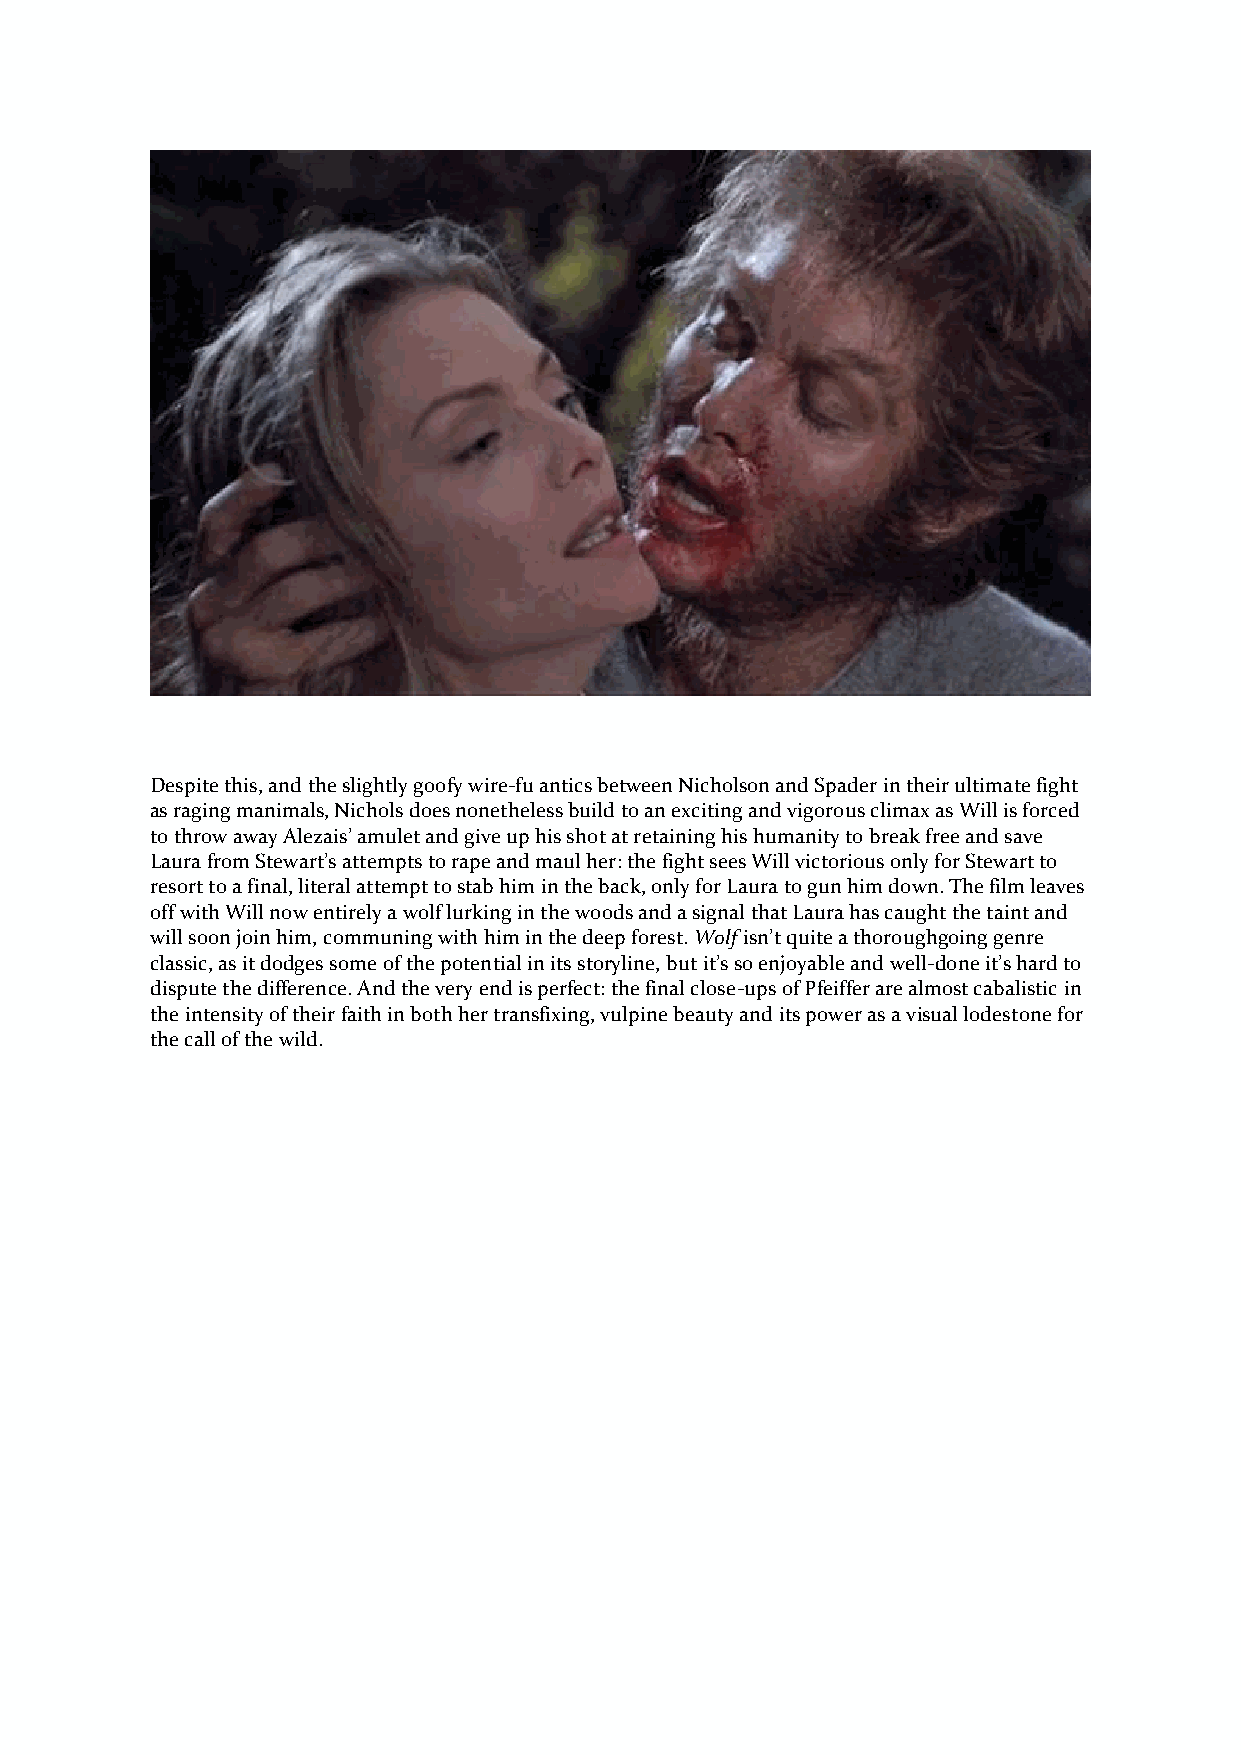
Despite this, and the slightly goofy wire-fu antics between Nicholson and Spader in their ultimate fight
 as raging manimals, Nichols does nonetheless build to an exciting and vigorous climax as Will is forced
 to throw away Alezais’ amulet and give up his shot at retaining his humanity to break free and save
 Laura from Stewart’s attempts to rape and maul her: the fight sees Will victorious only for Stewart to
 resort to a final, literal attempt to stab him in the back, only for Laura to gun him down. The film leaves
 off with Will now entirely a wolf lurking in the woods and a signal that Laura has caught the taint and
 will soon join him, communing with him in the deep forest. Wolf isn’t quite a thoroughgoing genre
 classic, as it dodges some of the potential in its storyline, but it’s so enjoyable and well-done it’s hard to
 dispute the difference. And the very end is perfect: the final close-ups of Pfeiffer are almost cabalistic in
 the intensity of their faith in both her transfixing, vulpine beauty and its power as a visual lodestone for
 the call of the wild.